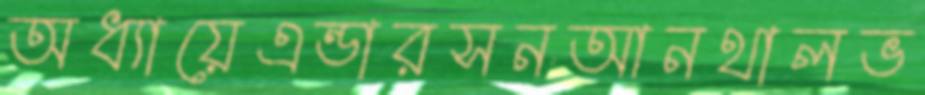
অধ্যায়েএন্ডারসনআনথালভ